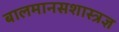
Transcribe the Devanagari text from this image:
बालमानसशास्त्रज्ञ